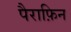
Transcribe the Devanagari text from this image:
पैराफ़िन